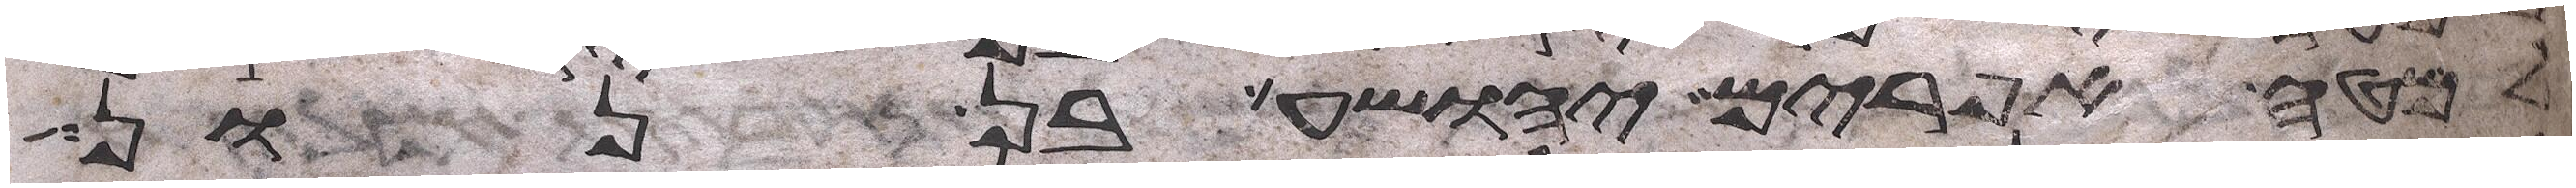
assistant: למטה אפרים יהושע בן נון